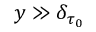
y \gg \delta _ { \tau _ { 0 } }